Vaccination in Bombay 1889-1901 - 1889-1901
Year: 1889
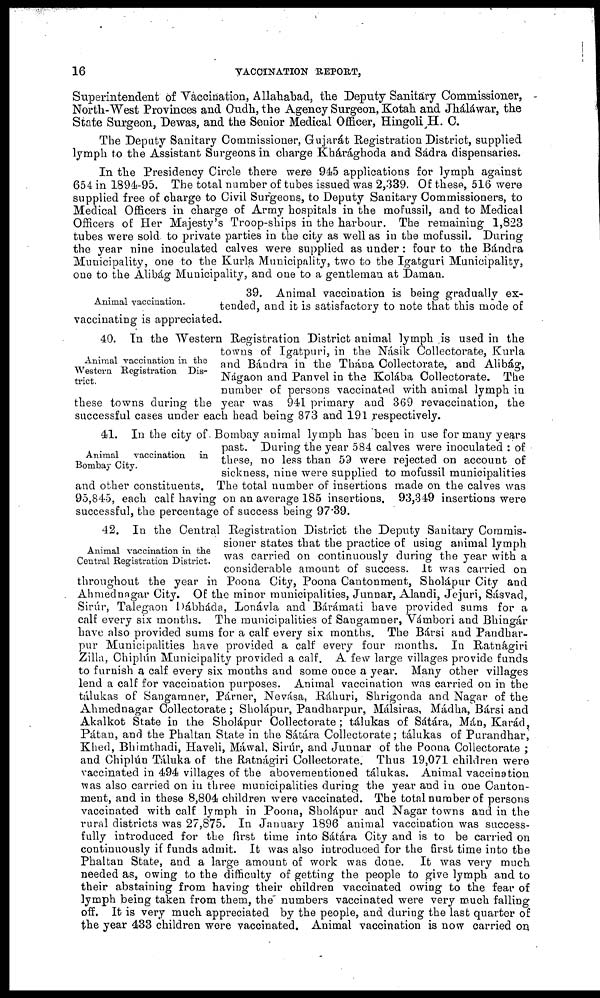
16
VACCINATION REPORT,
Superintendent of Vaccination, Allahabad, the Deputy Sanitary Commissioner,
North-West Provinces and Oudh, the Agency Surgeon, Kotah and Jháláwar, the
State Surgeon, Dewas, and the Senior Medical Officer, Hingoli H. C.
The Deputy Sanitary Commissioner, Gujarát Registration District, supplied
lymph to the Assistant Surgeons in charge Khárághoda and Sádra dispensaries.
In the Presidency Circle there were 945 applications for lymph against
654 in 1894-95. The total number of tubes issued was 2,339. Of these, 516 were
supplied free of charge to Civil Surgeons, to Deputy Sanitary Commissioners, to
Medical Officers in charge of Army hospitals in the mofussil, and to Medical
Officers of Her Majesty's Troop-ships in the harbour. The remaining 1,823
tubes were sold to private parties in the city as well as in the mofussil. During
the year nine inoculated calves were supplied as under : four to the Bándra
Municipality, one to the Kurla Municipality, two to the Igatguri Municipality,
one to the Alibág Municipality, and one to a gentleman at Daman.
Animal vaccination.
39. Animal vaccination is being gradually ex-
tended, and it is satisfactory to note that this mode of
vaccinating is appreciated.
Animal vaccination in the
Western Registration Dis-
trict.
40. In the Western Registration District animal lymph is used in the
towns of Igatpuri, in the Násik Collectorate, Kurla
and Bándra in the Thána Collectorate, and Alibág,
Nágaon and Panvel in the Kolába Collectorate. The
number of persons vaccinated with animal lymph in
these towns during the year was 941 primary and 369 revaccination, the
successful cases under each head being 873 and 191 respectively.
Animal
vaccination
in
Bombay City.
41. In the city of. Bombay animal lymph has been in use for many years
past. During the year 584 calves were inoculated : of
these, no less than 59 were rejected on account of
sickness, nine were supplied to mofussil municipalities
and other constituents. The total number of insertions made on the calves was
95,845, each calf having on an average 185 insertions. 93,349 insertions were
successful, the percentage of success being 97.39.
Animal vaccination in the
Central Registration District.
42. In the Central Registration District the Deputy Sanitary Commis-
sioner states that the practice of using animal lymph
was carried on continuously during the year with a
considerable amount of success. It was carried on
throughout the year in Poona City, Poona Cantonment, Sholápur City and
Ahmednagar City. Of the minor municipalities, Junnar, Alandi, Jejuri, Sásvad,
Sirúr, Talegaon Dábháda, Lonávla and Bárámati have provided sums for a
calf every six months. The municipalities of Sangamner, Vámbori and Bhingár
have also provided sums for a calf every six months. The Bársi and Pandhar¬
pur Municipalities have provided a calf every four months. In Ratnágiri
Zilla, Chiplún Municipality provided a calf. A few large villages provide funds
to furnish a calf every six months and some once a year. Many other villages
lend a calf for vaccination purposes. Animal vaccination was carried on in the
tálukas of Sangamner, Párner, Nevása, Ráhuri, Shrigonda and Nagar of the
Ahmednagar Collectorate; Sholápur, Pandharpur, Málsiras, Mádha, Bársi and
Akalkot State in the Sholápur Collectorate; tálukas of Sátára, Mán, Karád.
Pátan, and the Phaltan State in the Sátára Collectorate; tálukas of Purandhar,
Khed, Bhimthadi, Haveli, Máwal, Sirúr, and Junnar of the Poona Collectorate ;
and Chiplún Táluka of the Ratnágiri Collectorate. Thus 19,071 children were
vaccinated in 494 villages of the abovementioned tálukas. Animal vaccination
was also carried on in three municipalities during the year and in one Canton-
ment, and in these 8,804 children were vaccinated. The total number of persons
vaccinated with calf lymph in Poona, Sholápur and Nagar towns and in the
rural districts was 27,875. In January 1896 animal vaccination was success-
fully introduced for the first time into Sátára City and is to be carried on
continuously if funds admit. It was also introduced for the first time into the
Phaltan State, and a large amount of work was done. It was very much
needed as, owing to the difficulty of getting the people to give lymph and to
their abstaining from having their children vaccinated owing to the fear of
lymph being taken from them, the numbers vaccinated were very much falling
off. It is very much appreciated by the people, and during the last quarter of
the year 433 children were vaccinated. Animal vaccination is now carried on